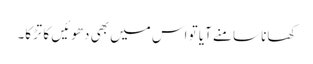
کھانا سامنے آیا تو اس میں بھی دھوئیں کا تڑکا۔